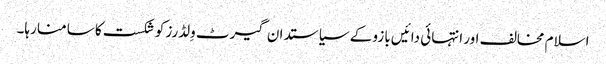
اسلام مخالف اور انتہائی دائیں بازو کے سیاستدان گیرٹ وِلڈرز کو شکست کا سامنا رہا۔